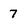
Character: 7